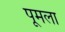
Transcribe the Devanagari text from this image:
पूमला